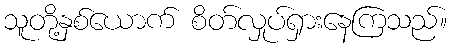
သူတို့နှစ်ယောက် စိတ်လှုပ်ရှားနေကြသည်။